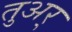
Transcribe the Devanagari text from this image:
तुअर्